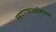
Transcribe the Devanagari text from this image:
स्वयंपाकाव्यतिरिक्त